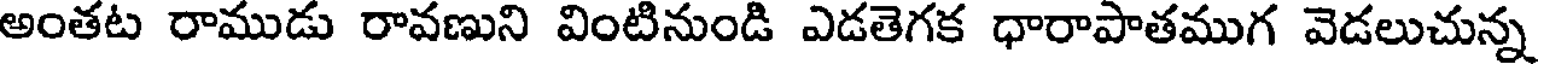
అంతట రాముడు రావణుని వింటినుండి ఎడతెగక ధారాపాతముగ వెడలుచున్న